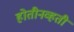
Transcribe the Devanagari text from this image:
होतीनव्हती